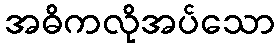
အဓိကလိုအပ်သော